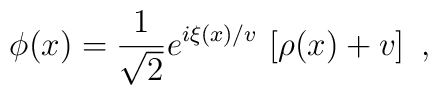
\phi(x)=\frac{1}{\sqrt{2}}e^{i\xi(x)/v}\,\left[\rho(x)+v\right]\ ,